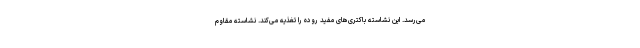
می‌رسد. این نشاسته باکتری‌های مفید روده را تغذیه می‌کند. نشاسته مقاوم